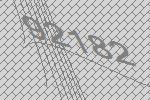
92182